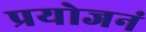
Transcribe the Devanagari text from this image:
प्रयोजनं